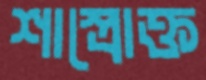
শাস্ত্রোক্ত